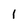
Character: I